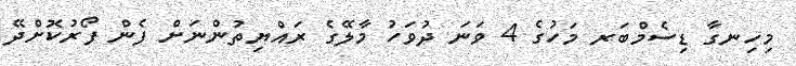
މިހިނގާ ޑިސެމްބަރ މަހުގެ 4 ވަނަ ދުވަހު މާލޭގެ ރައްޔިތުންނަށް ފެން ފޯރުކޮށްދޭ